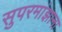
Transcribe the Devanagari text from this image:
सुपरमांझाना